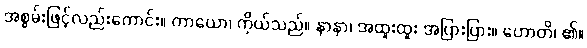
အစွမ်းဖြင့်လည်းကောင်း။ ကာယော၊ ကိုယ်သည်။ နာနာ၊ အထူးထူး အပြားပြား။ ဟောတိ၊ ၏။